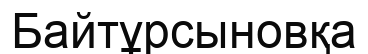
Байтұрсыновқа